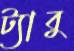
ট্যাবু